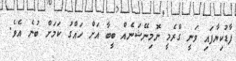
ފާޑުކިޔާފައި ވަނީ ގްރެމީ ނޮމިނޭޝަނެއް ބީބާ އަށް ހައްގު ކަމަށް ބުނެ އެވެ.